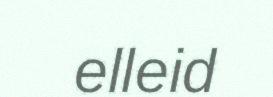
elleid